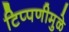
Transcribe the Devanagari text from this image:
टिप्पणीमुळे